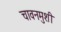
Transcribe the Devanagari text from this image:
चावनमुशी